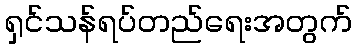
ရှင်သန်ရပ်တည်ရေးအတွက်